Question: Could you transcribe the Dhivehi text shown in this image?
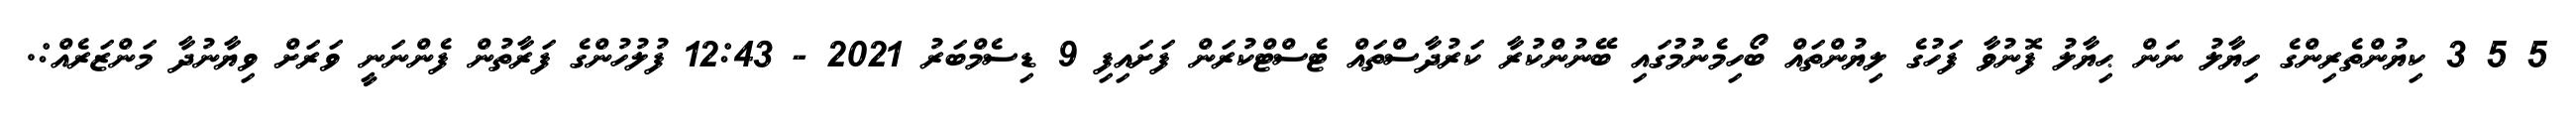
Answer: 5 5 3 ކިޔުންތެރިންގެ ހިޔާލު ނަން ޙިޔާލު ފޮނުވާ ފަހުގެ ލިޔުންތައް ބޯހިމެނުމުގައި ބޭނުންކުރާ ކަރުދާސްތައް ޓެސްޓްކުރަން ފަށައިފި 9 ޑިސެމްބަރު 2021 - 12:43 ފުލުހުންގެ ފަރާތުން ފެންނަނީ ވަރަށް ވިޔާނުދާ މަންޒަރެއް:.